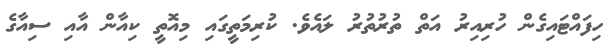
ހިފައްޓައިގެން ހުރިއިރު އަތް ތުރުތުރު ލައެވެ. ކުރިމަތީގައި މިއޮތީ ކިއާން އާއި ސިއާގެ